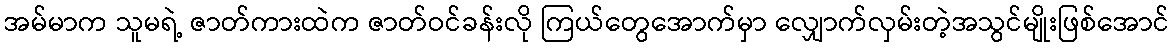
အမ်မာက သူမရဲ့ ဇာတ်ကားထဲက ဇာတ်ဝင်ခန်းလို ကြယ်တွေအောက်မှာ လျှောက်လှမ်းတဲ့အသွင်မျိုးဖြစ်အောင်